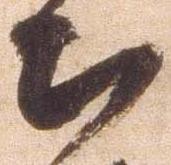
出